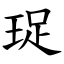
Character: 珿